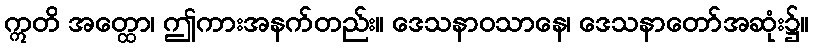
ဣတိ အတ္ထော၊ ဤကားအနက်တည်း။ ဒေသနာဝသာနေ၊ ဒေသနာတော်အဆုံး၌။